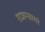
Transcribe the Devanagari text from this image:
राजन्सागरं